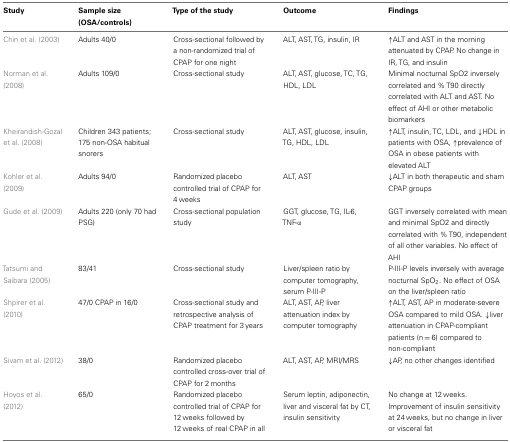
<table><thead><tr><td><b>Study</b></td><td><b>Sample size (OSA/controls)</b></td><td><b>Type of the study</b></td><td><b>Outcome</b></td><td><b>Findings</b></td></tr></thead><tbody><tr><td>Chin et al. (2003)</td><td>Adults 40/0</td><td>Cross-sectional followed by a non-randomized trial of CPAP for one night</td><td>ALT, AST, TG, insulin, IR</td><td>↑ALT and AST in the morning attenuated by CPAP. No change in IR, TG, and insulin</td></tr><tr><td>Norman et al. (2008)</td><td>Adults 109/0</td><td>Cross-sectional study</td><td>ALT, AST, glucose, TC, TG, HDL, LDL</td><td>Minimal nocturnal SpO2 inversely correlated and % T90 directly correlated with ALT and AST. No effect of AHI or other metabolic biomarkers</td></tr><tr><td>Kheirandish-Gozal et al. (2008)</td><td>Children 343 patients; 175 non-OSA habitual snorers</td><td>Cross-sectional study</td><td>ALT, AST, glucose, insulin, TG, HDL, LDL</td><td>↑ALT, insulin, TC, LDL, and ↓HDL in patients with OSA, ↑prevalence of OSA in obese patients with elevated ALT</td></tr><tr><td>Kohler et al. (2009)</td><td>Adults 94/0</td><td>Randomized placebo controlled trial of CPAP for 4 weeks</td><td>ALT, AST</td><td>↓ALT in both therapeutic and sham CPAP groups</td></tr><tr><td>Gude et al. (2009)</td><td>Adults 220 (only 70 had PSG)</td><td>Cross-sectional population study</td><td>GGT, glucose, TG, IL-6, TNF-α</td><td>GGT inversely correlated with mean and minimal SpO2 and directly correlated with % T90, independent of all other variables. No effect of AHI</td></tr><tr><td>Tatsumi and Saibara (2005)</td><td>83/41</td><td>Cross-sectional study</td><td>Liver/spleen ratio by computer tomography, serum P-III-P</td><td>P-III-P levels inversely with average nocturnal SpO<sub>2</sub>. No effect of OSA on the liver/spleen ratio</td></tr><tr><td>Shpirer et al. (2010)</td><td>47/0 CPAP in 16/0</td><td>Cross-sectional study and retrospective analysis of CPAP treatment for 3 years</td><td>ALT, AST, AP, liver attenuation index by computer tomography</td><td>↑ALT, AST, AP in moderate-severe OSA compared to mild OSA. ↓liver attenuation in CPAP-compliant patients (n = 6) compared to non-compliant</td></tr><tr><td>Sivam et al. (2012)</td><td>38/0</td><td>Randomized placebo controlled cross-over trial of CPAP for 2 months</td><td>ALT, AST, AP, MRI/MRS</td><td>↓AP, no other changes identified</td></tr><tr><td>Hoyos et al. (2012)</td><td>65/0</td><td>Randomized placebo controlled trial of CPAP for 12 weeks followed by 12 weeks of real CPAP in all</td><td>Serum leptin, adiponectin, liver and visceral fat by CT, insulin sensitivity</td><td>No change at 12 weeks. Improvement of insulin sensitivity at 24 weeks, but no change in liver or visceral fat</td></tr></tbody></table>